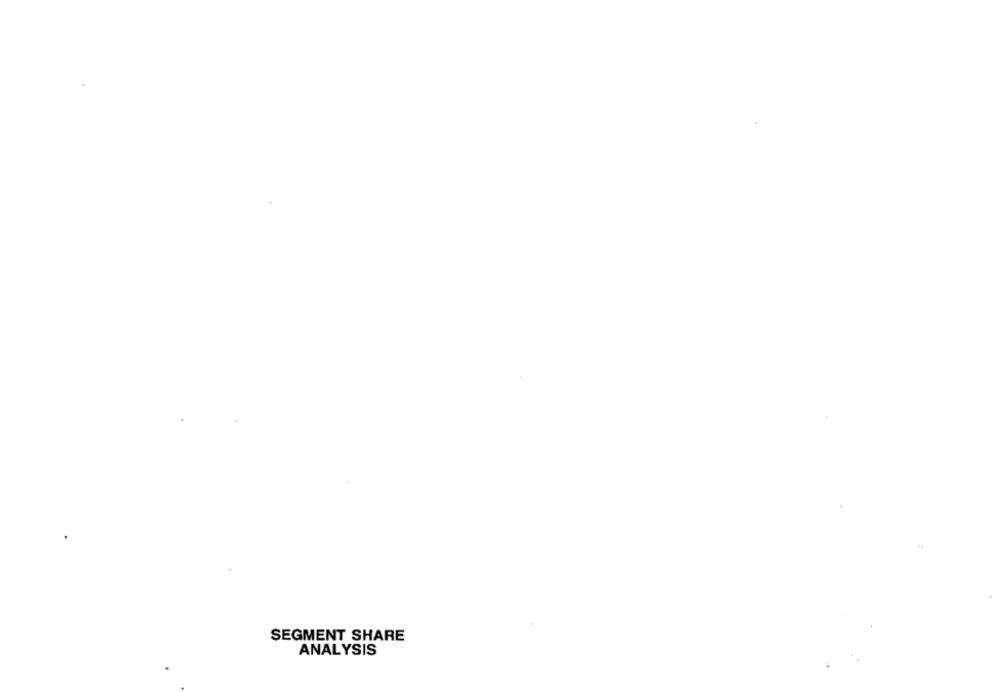
SEGMENT SHARE
ANALYSIS